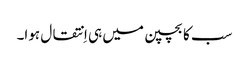
سب کا بچپن میں ہی اِنتقال ہوا۔